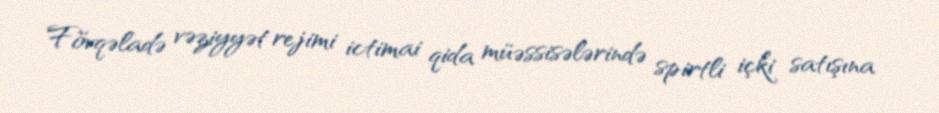
Fövqəladə vəziyyət rejimi ictimai qida müəssisələrində spirtli içki satışına